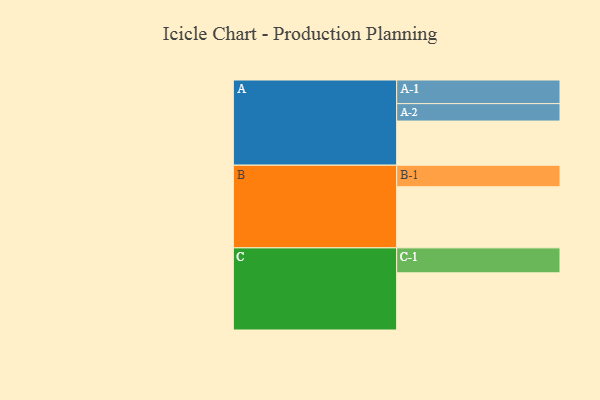
{"axis": {"x": "Segment", "y": "Value"}, "legend": ["", "A", "B", "C"], "data": [{"x": "A", "y": 329, "type": ""}, {"x": "B", "y": 455, "type": ""}, {"x": "C", "y": 426, "type": ""}, {"x": "A-1", "y": 176, "type": "A"}, {"x": "A-2", "y": 130, "type": "A"}, {"x": "B-1", "y": 161, "type": "B"}, {"x": "C-1", "y": 186, "type": "C"}]}